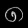
Digit: ၈